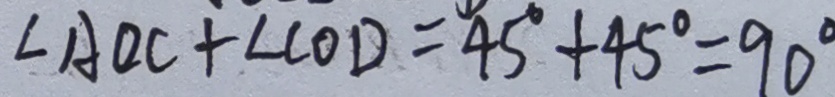
\angle A O C + \angle C O D = 4 5 ^ { \circ } + 4 5 ^ { \circ } = 9 0 ^ { \circ }